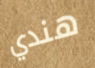
هندي